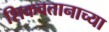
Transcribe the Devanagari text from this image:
शिकवतानाच्या